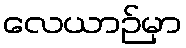
လေယာဉ်မှာ